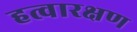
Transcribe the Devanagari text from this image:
हत्वारक्षण